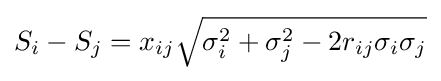
S_{i}-S_{j}=x_{ij}{\sqrt {\sigma _{i}^{2}+\sigma _{j}^{2}-2r_{ij}\sigma _{i}\sigma _{j}}}